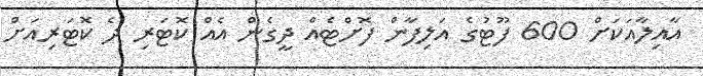
އާއިލާއަކަށް 600 ފޫޓުގެ އަލިފާން ފޮށްޓެއް ދީގެން އެއް ކޮޓަރި ދެ ކޮޓަރިއަށް